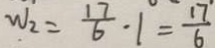
W _ { 2 } = \frac { 1 7 } { 6 } \cdot 1 = \frac { 1 7 } { 6 }